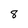
Character: 8